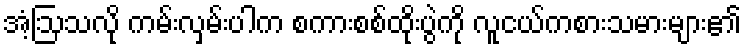
အံ့ဩသလို ကမ်းလှမ်းပါက စကားစစ်ထိုးပွဲကို လူငယ်ကစားသမားများ၏